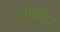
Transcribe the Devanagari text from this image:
।विशेष